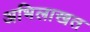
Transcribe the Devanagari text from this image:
अभिलाखत